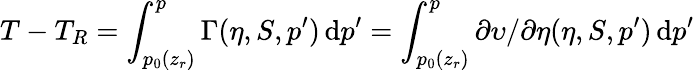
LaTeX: T-T_{R}=\int_{p_{0}(z_{r})}^{p}\Gamma(\eta,S,p^{\prime})\, \mathrm{d}p^{\prime}=\int_{p_{0}(z_{r})}^{p}\partial\upsilon/\partial\eta(\eta,S,p^{\prime})\, \mathrm{d}p^{\prime}